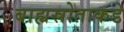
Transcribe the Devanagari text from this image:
बाह्यस्रोताकडे